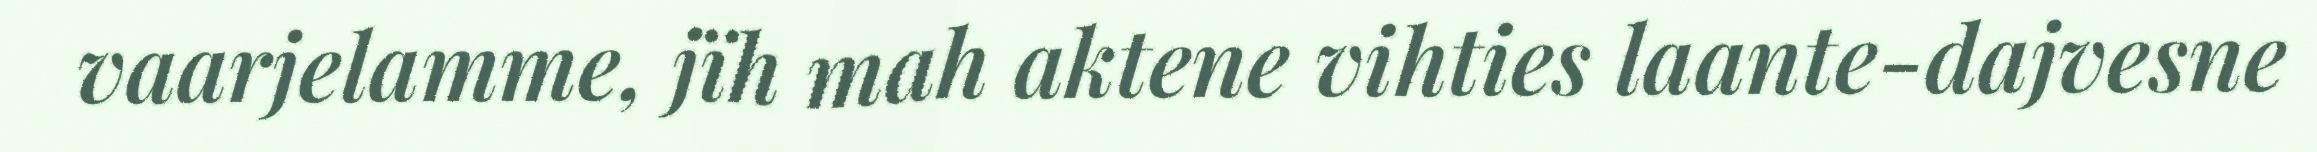
vaarjelamme, jïh mah aktene vihties laante-dajvesne